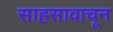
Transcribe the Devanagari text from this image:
साहसावाचून